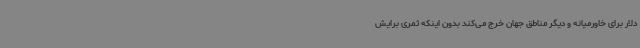
دلار برای خاورمیانه و دیگر مناطق جهان خرج می‌کند بدون اینکه ثمری برایش